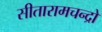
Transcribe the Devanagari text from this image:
सीतारामचन्द्रो